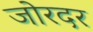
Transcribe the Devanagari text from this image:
जोरदर